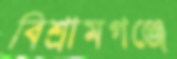
বিশ্রামগঞ্জে